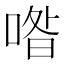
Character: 喒